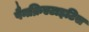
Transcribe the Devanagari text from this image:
पैनक्रिएटाइटिस